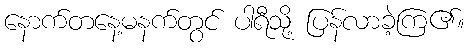
နောက်တနေ့မနက်တွင် ပါရီသို့ ပြန်လာခဲ့ကြ၏။